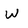
Character: W